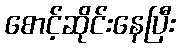
စောင့်ဆိုင်းနေပြီး